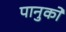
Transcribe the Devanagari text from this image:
पानुको